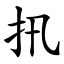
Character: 扟